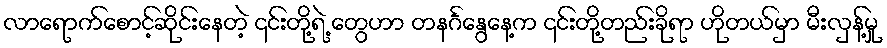
လာရောက်စောင့်ဆိုင်းနေတဲ့ ၎င်းတို့ရဲ့ တွေဟာ တနင်္ဂနွေနေ့က ၎င်းတို့တည်းခိုရာ ဟိုတယ်မှာ မီးလှန့်မှု